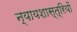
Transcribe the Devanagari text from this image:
न्यायशास्त्रियों